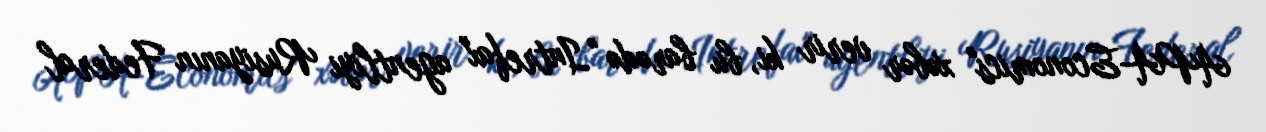
APA-Economics" xəbər verir ki, bu barədə "Intrefax" agentliyi Rusiyanın Federal